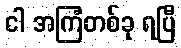
ငါ အကြံတစ်ခု ရပြီ